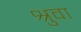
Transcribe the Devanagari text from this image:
श्रुवा